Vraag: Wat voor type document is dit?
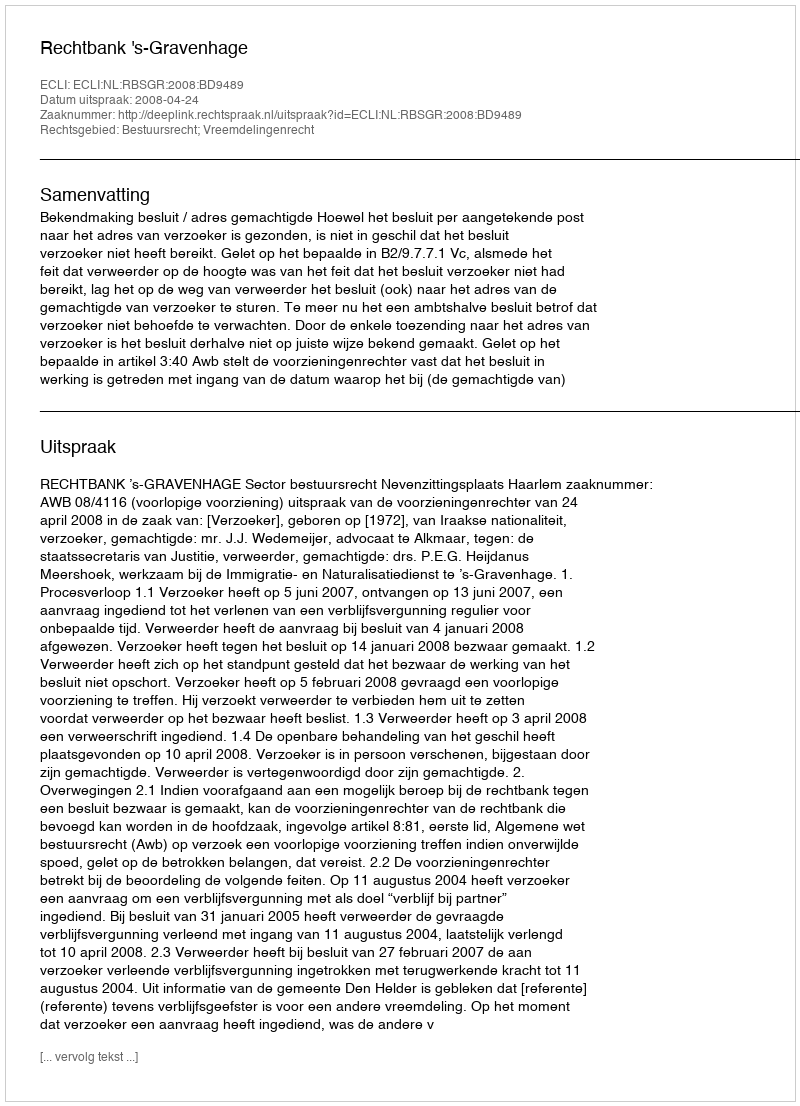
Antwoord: Uitspraak